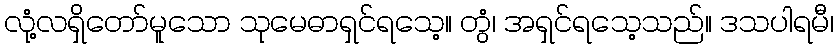
လုံ့လရှိတော်မူသော သုမေဓာရှင်ရသေ့။ တွံ၊ အရှင်ရသေ့သည်။ ဒသပါရမီ၊